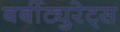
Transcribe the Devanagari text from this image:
बर्बीट्युरेट्स